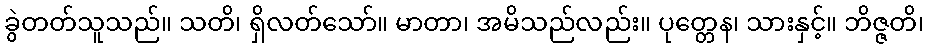
ခွဲတတ်သူသည်။ သတိ၊ ရှိလတ်သော်။ မာတာ၊ အမိသည်လည်း။ ပုတ္တေန၊ သားနှင့်။ ဘိဇ္ဇတိ၊